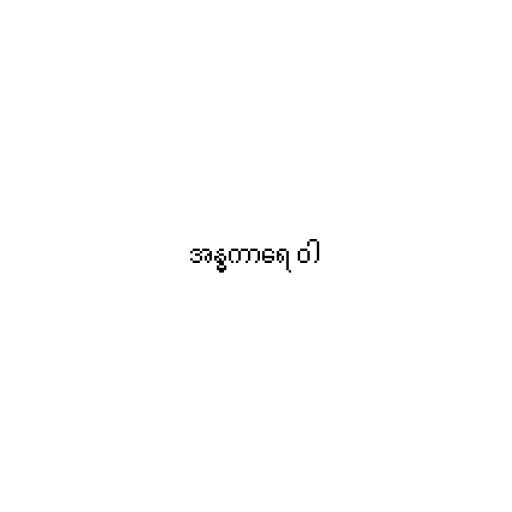
အန္ဓကာရေ ဝါ